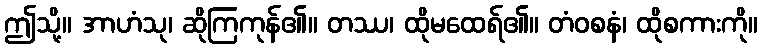
ဤသို့။ အာဟံသု၊ ဆိုကြကုန်၏။ တဿ၊ ထိုမထေရ်၏။ တံဝစနံ၊ ထိုစကားကို။